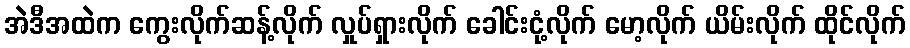
အဲဒီအထဲက ကွေးလိုက်ဆန့်လိုက် လှုပ်ရှားလိုက် ခေါင်းငုံ့လိုက် မော့လိုက် ယိမ်းလိုက် ထိုင်လိုက်